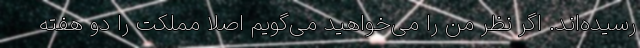
رسیده‌اند. اگر نظر من را می‌خواهید می‌گویم اصلاً مملکت را دو هفته